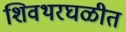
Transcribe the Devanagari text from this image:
शिवथरघळीत